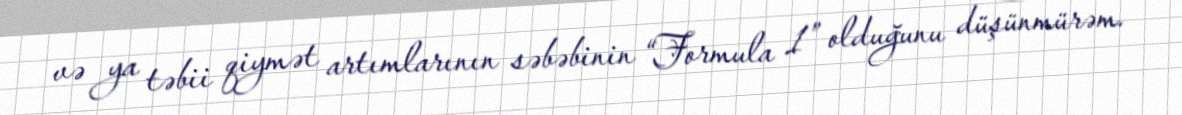
və ya təbii qiymət artımlarının səbəbinin “Formula 1” olduğunu düşünmürəm.